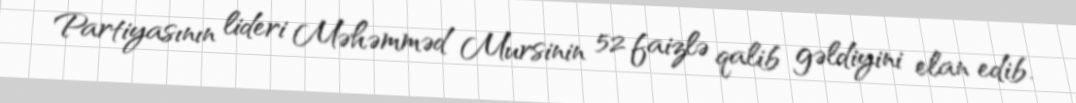
Partiyasının lideri Məhəmməd Mursinin 52 faizlə qalib gəldiyini elan edib.